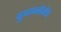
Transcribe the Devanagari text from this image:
बुजन्नेमेच